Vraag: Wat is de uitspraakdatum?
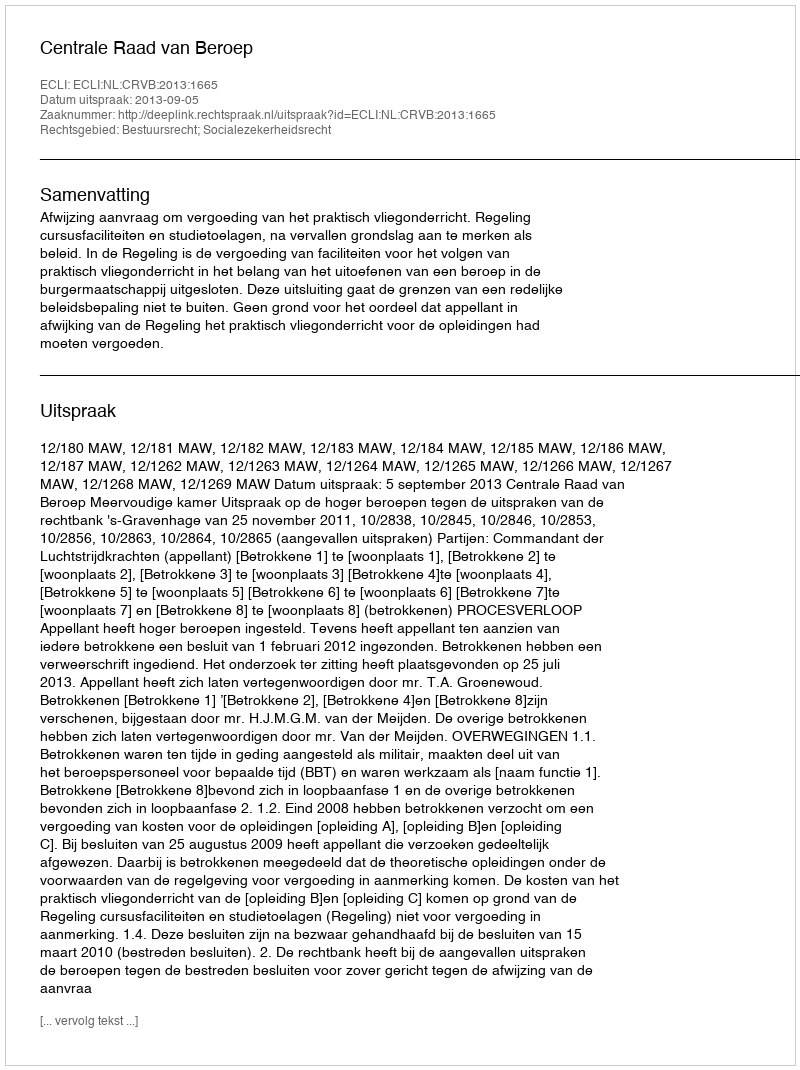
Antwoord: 2013-09-05